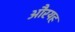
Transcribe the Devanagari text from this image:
औरयह